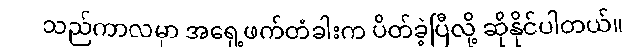
သည်ကာလမှာ အရှေ့ဖက်တံခါးက ပိတ်ခဲ့ပြီလို့ ဆိုနိုင်ပါတယ်။